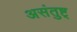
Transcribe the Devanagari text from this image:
असंतुष्ट्